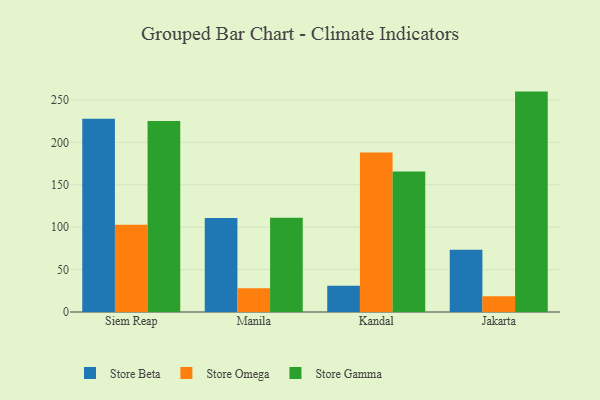
{"axis": {"x": "City", "y": "Operating Costs (USD K)"}, "legend": ["Store Beta", "Store Gamma", "Store Omega"], "data": [{"x": "Siem Reap", "y": 227.9, "type": "Store Beta"}, {"x": "Siem Reap", "y": 102.7, "type": "Store Omega"}, {"x": "Siem Reap", "y": 225.2, "type": "Store Gamma"}, {"x": "Manila", "y": 110.7, "type": "Store Beta"}, {"x": "Manila", "y": 28.1, "type": "Store Omega"}, {"x": "Manila", "y": 111.1, "type": "Store Gamma"}, {"x": "Kandal", "y": 30.9, "type": "Store Beta"}, {"x": "Kandal", "y": 187.9, "type": "Store Omega"}, {"x": "Kandal", "y": 165.7, "type": "Store Gamma"}, {"x": "Jakarta", "y": 73.5, "type": "Store Beta"}, {"x": "Jakarta", "y": 18.6, "type": "Store Omega"}, {"x": "Jakarta", "y": 259.8, "type": "Store Gamma"}]}